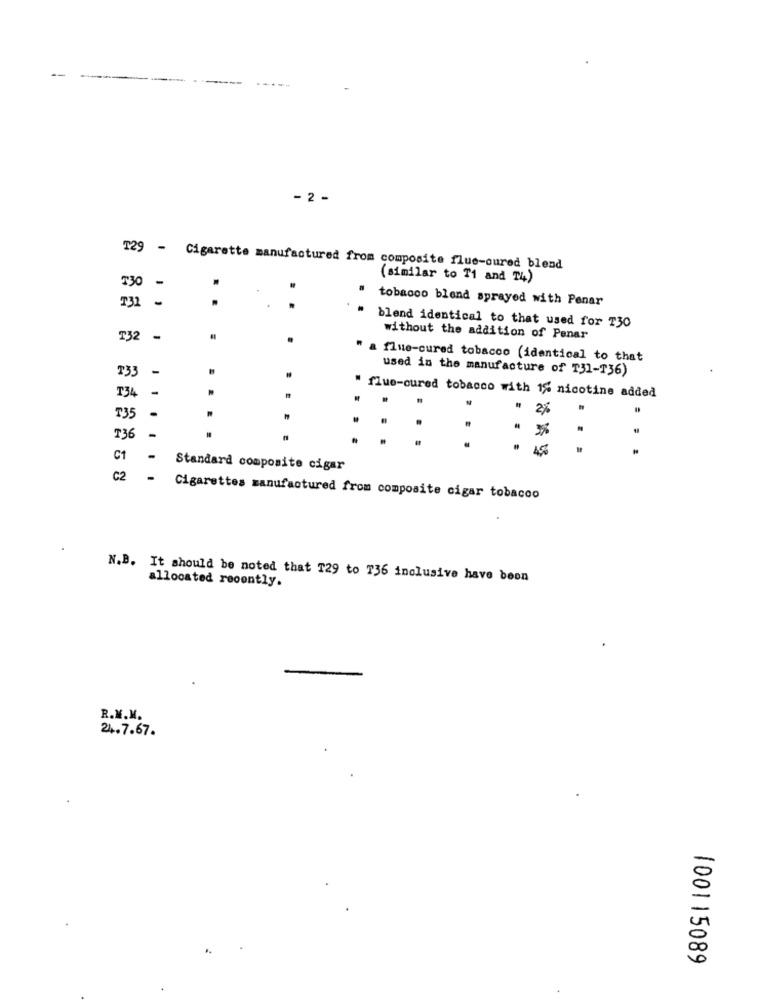
--
- 2 -
129 - Cigarette manufactured from composite flue-oured blend
(similar to T1 and T4)
330 -
731
tobacco blend sprayed with Penar
..
. .
blend identical to that used for 130
T32 -
.
without the addition of Penar
a flue-cured tobacco (identical to that
used in the manufacture of T31-T36)
T33
134
.
flue-cured tobacco with 1% nicotine added
2%
T35
-
136
C1
Standard composite cigar
C2
-
Cigarettes manufactured from composite cigar tobacco
N.B. It should be noted that T29 to 736 inclusive have been
allocated recently.
R.M.M.
24.7.67.
100115089